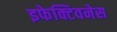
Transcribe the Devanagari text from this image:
इफेक्टिवनेस